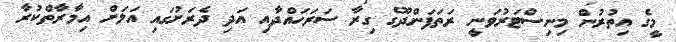
މީގެ އިތުރުން މިނިސްޓަރުވަނީ ރަތަފަންދޫގެ ގިރާ ސަރަހައްދާއި އަދި ދެރަށުގައި އަލަށް އިމާރާތްކުރާ